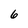
Character: 6